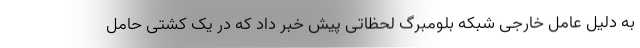
به دلیل عامل خارجی شبکه بلومبرگ لحظاتی پیش خبر داد که در یک کشتی حامل